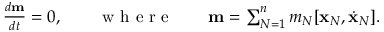
\begin{array} { r } { \frac { d { \bf m } } { d t } = 0 , \qquad \mathrm { ~ w ~ h ~ e ~ r ~ e ~ } \qquad { \bf m } = \sum _ { N = 1 } ^ { n } m _ { N } [ { \bf x } _ { N } , \dot { \bf x } _ { N } ] . } \end{array}